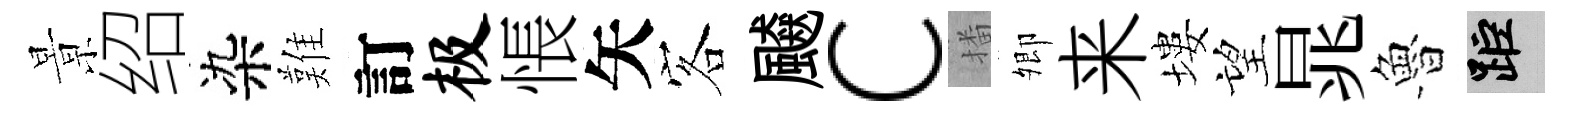
㬌绍染難訂极悵矢客飇c播𡖖来塿望晁魯距